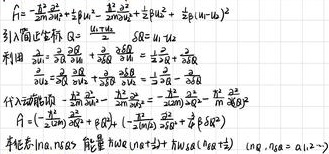
\[
\begin{align*}
\hat{A}&=-\frac{\hbar^{2}}{2m}\frac{\partial^{2}}{\partial u^{2}}+\frac{\hbar^{2}}{2m}\frac{\partial^{2}}{\partial u^{2}}+\frac{1}{2}k_{u}u^{2}+\frac{1}{2}k_{u}(u - u_{0})^{2}\\
\end{align*}
\]
引入简正坐标 \(Q=\frac{u + u_{0}}{\sqrt{2}},R = u - u_{0}\)
利用 \(\frac{\partial}{\partial u}=\frac{\partial Q}{\partial u}\frac{\partial}{\partial Q}+\frac{\partial R}{\partial u}\frac{\partial}{\partial R}=\frac{1}{\sqrt{2}}\frac{\partial}{\partial Q}+\frac{\partial}{\partial R}\)
\(\frac{\partial}{\partial u_{0}}=\frac{\partial Q}{\partial u_{0}}\frac{\partial}{\partial Q}+\frac{\partial R}{\partial u_{0}}\frac{\partial}{\partial R}=\frac{1}{\sqrt{2}}\frac{\partial}{\partial Q}-\frac{\partial}{\partial R}\)
代入 \(\hat{A}\) 得 \(\hat{A}=-\frac{\hbar^{2}}{2m}\frac{\partial^{2}}{\partial Q^{2}}-\frac{\hbar^{2}}{2m}\frac{\partial^{2}}{\partial R^{2}}+\frac{1}{2}k_{u}Q^{2}+\frac{1}{2}k_{u}(\frac{R^{2}}{4}) \)
\[
\begin{align*}
\hat{A}&=(-\frac{\hbar^{2}}{2m}\frac{\partial^{2}}{\partial Q^{2}}+\frac{1}{2}k_{u}Q^{2})+(-\frac{\hbar^{2}}{2m}\frac{\partial^{2}}{\partial R^{2}}+\frac{1}{8}k_{u}R^{2})\\
\end{align*}
\]
能量本征态 \(|n_{Q},n_{R}\rangle\) 能量 \(E_{n}=(n_{Q}+\frac{1}{2})\hbar\omega_{Q}+(n_{R}+\frac{1}{2})\hbar\omega_{R}\)，\(\omega_{Q},\omega_{R}\)  \(\alpha_{1},\alpha_{2}\cdots\)